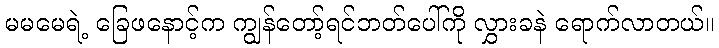
မမမေရဲ့ ခြေဖနောင့်က ကျွန်တော့်ရင်ဘတ်ပေါ်ကို လွှားခနဲ ရောက်လာတယ်။